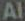
Al